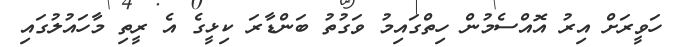
ހަވީރަށް އިރު އޮއްސެމުން ހިތްގައިމު ވަގުތު ބަންޑާރަ ކިޅީގެ އެ ރީތި މާހައުލުގައި